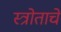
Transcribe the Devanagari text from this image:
स्त्रोताचे